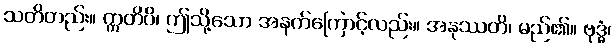
သတိတည်း။ ဣတိပိ၊ ဤသို့သော အနက်ကြောင့်လည်း။ အနုဿတိ၊ မည်၏။ ဗုဒ္ဓံ၊